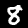
Label: 8